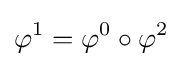
\varphi ^{1}=\varphi ^{0}\circ \varphi ^{2}